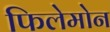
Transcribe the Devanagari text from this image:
फिलेमोन